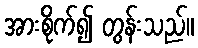
အားစိုက်၍ တွန်းသည်။